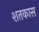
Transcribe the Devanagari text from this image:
शतकास